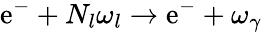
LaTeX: \mathrm{e^{-}}+N_{l}\omega_{l}\rightarrow\mathrm{e^{-}}+\omega_{\gamma}